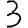
Digit: 3